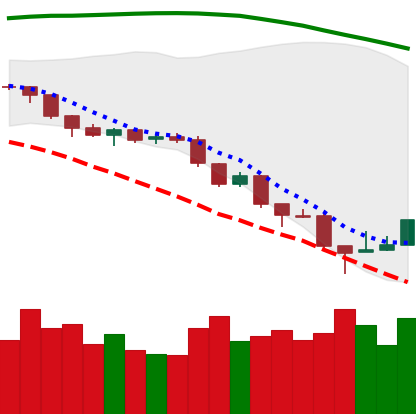
Ticker: ETH-USD
Chart end date: 2018-08-17
Forward return: -14.059%
Label: down_7plus